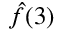
{ \hat { f } } ( 3 )